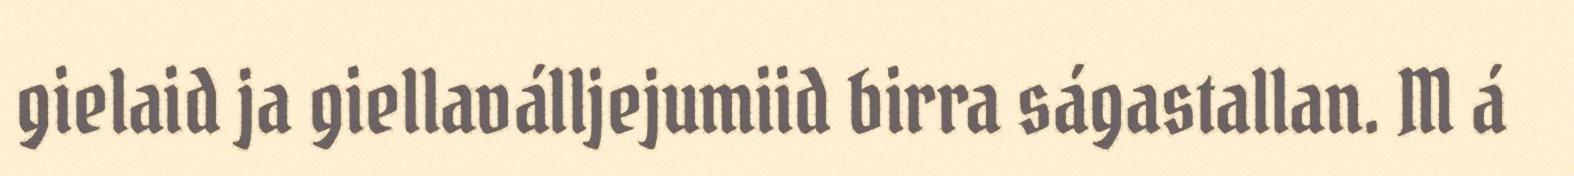
gielaid ja giellaválljejumiid birra ságastallan. M á